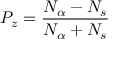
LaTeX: P _ { z } = \frac { N _ { \alpha } - N _ { s } } { N _ { \alpha } + N _ { s } }